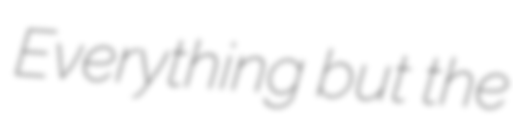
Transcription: Everything but the